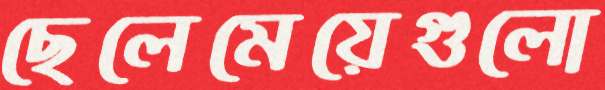
ছেলেমেয়েগুলো